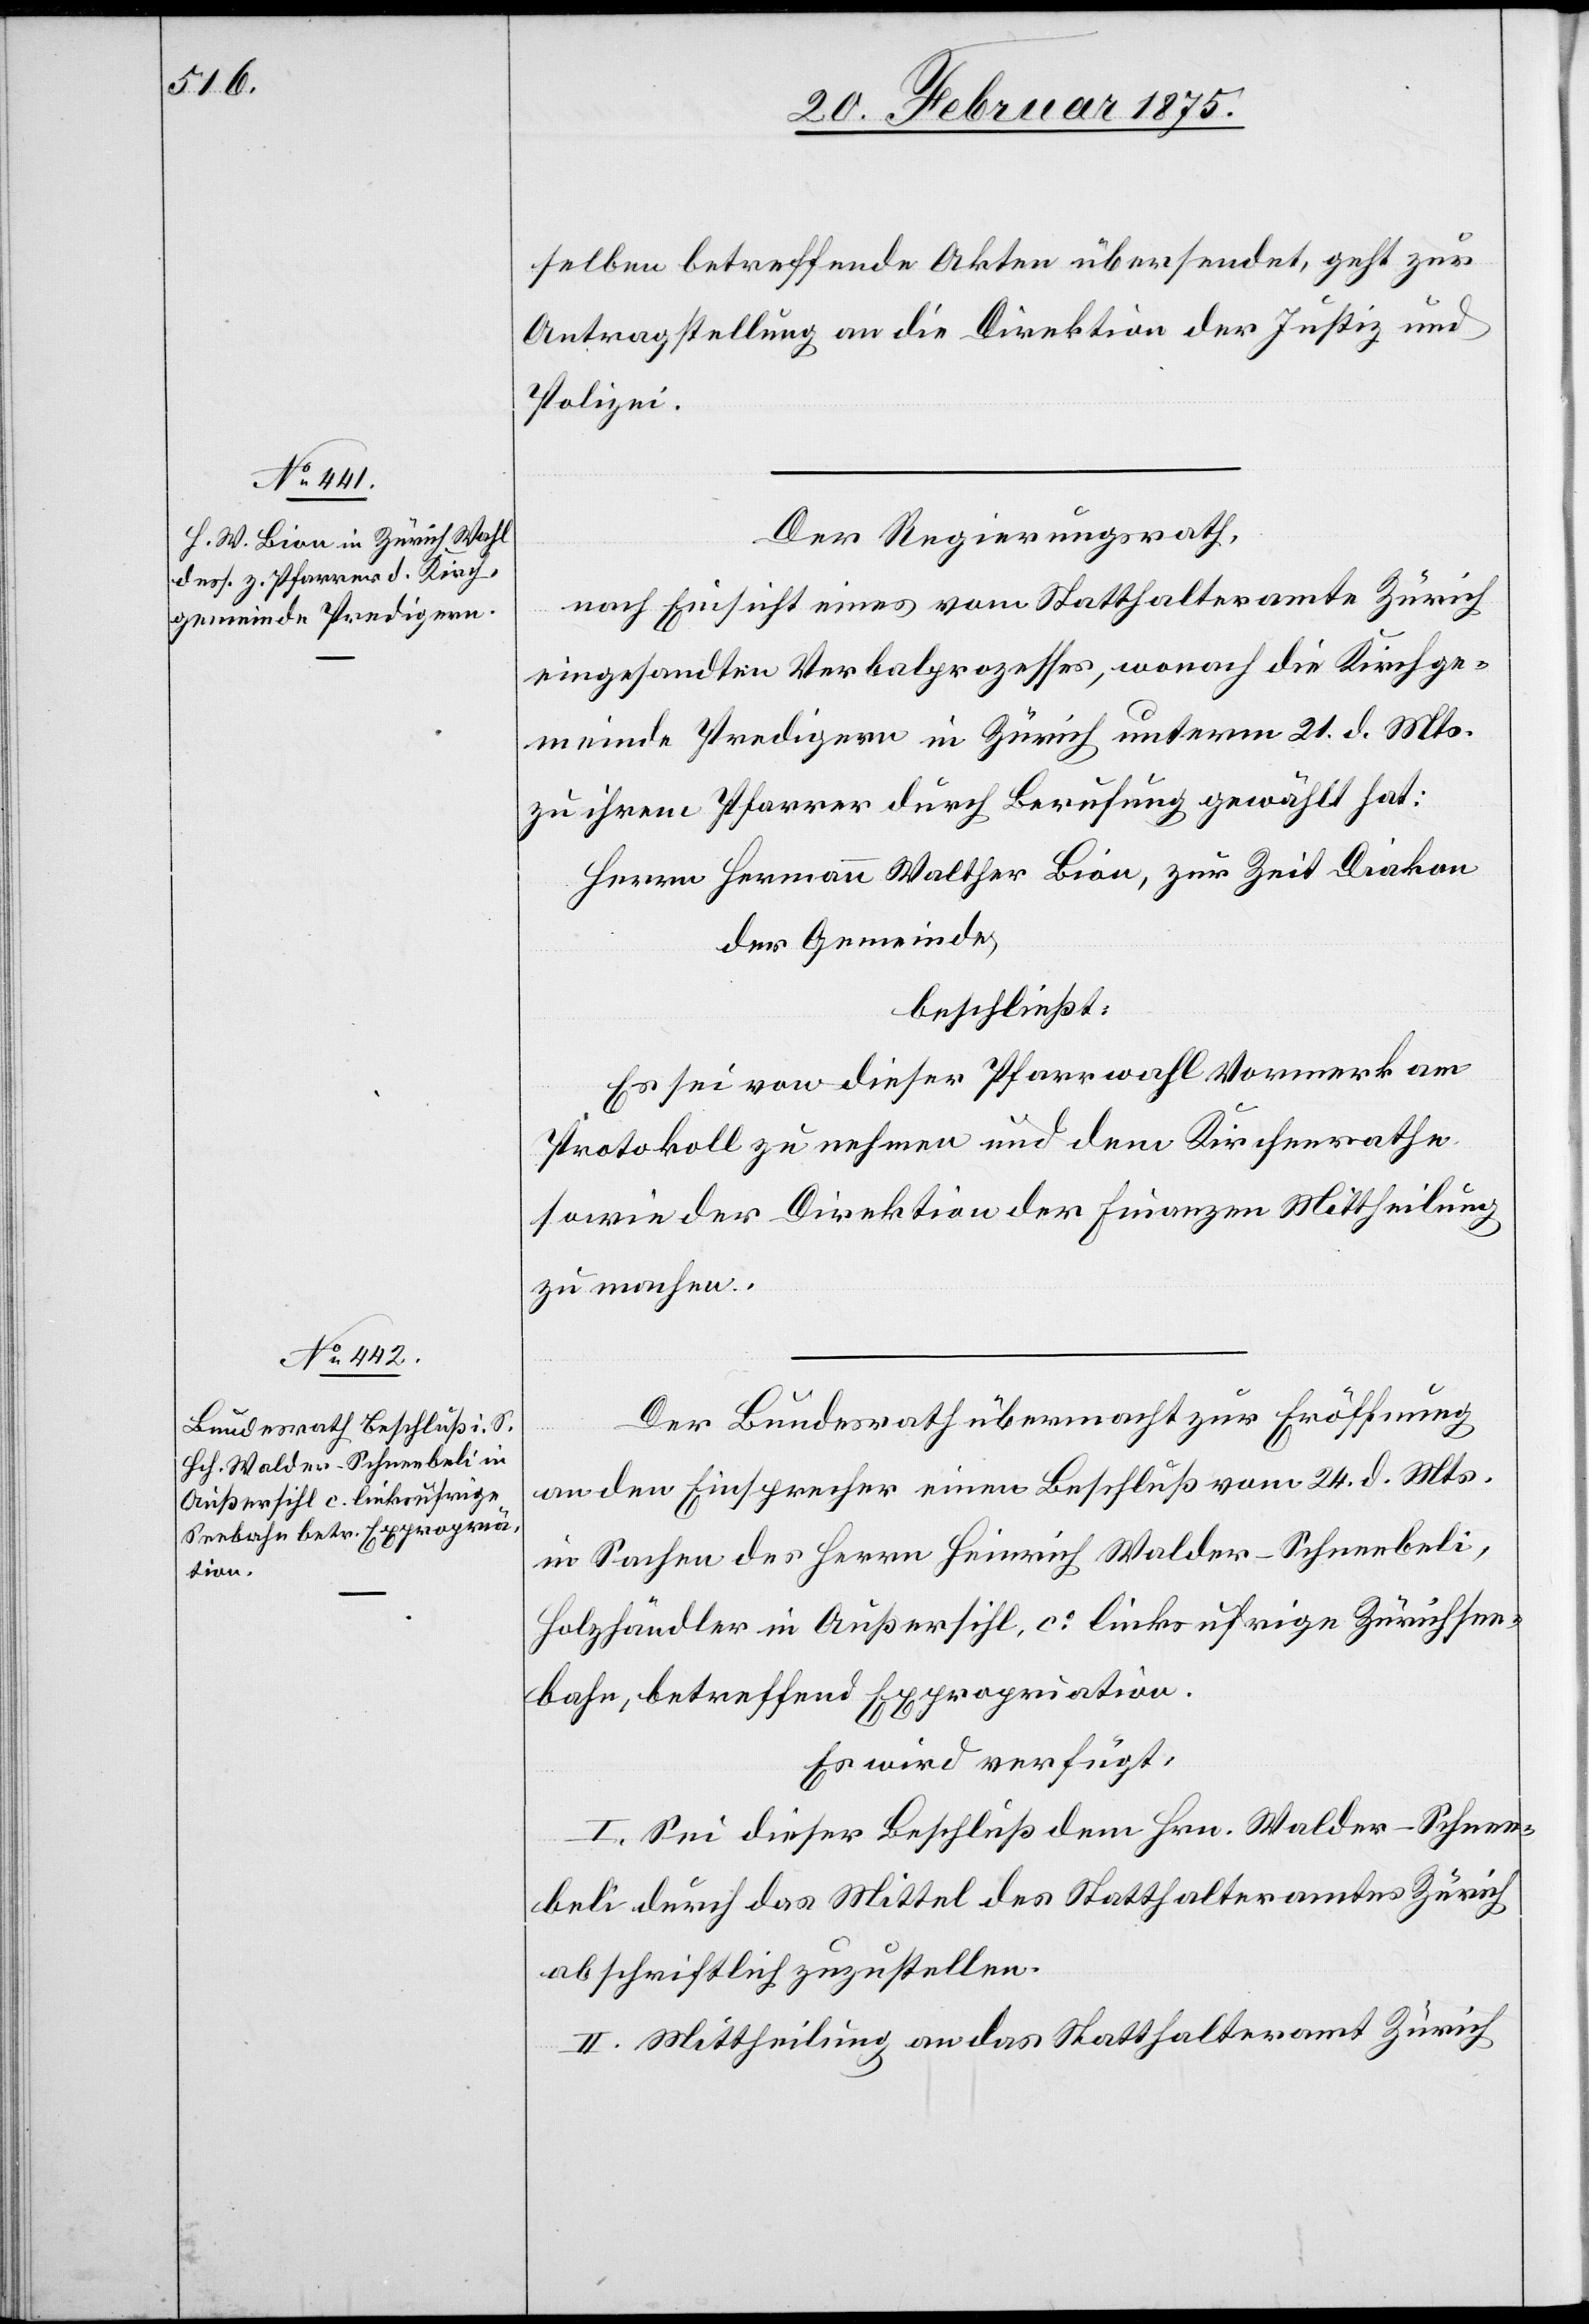
26. Februar 1875.]
selben betreffende Akten übersendet, geht zur
Antragstellung an die Direktion der Justiz und
Polizei.
Der Regierungsrath,
nach Einsicht eines vom Statthalteramte Zürich
eingesandten Verbalprozesses, wonach die Kirchge¬
meinde Predigern in Zürich unterm 21. d. Mts.
zu ihrem Pfarrer durch Berufung gewählt hat:
Herrn Hermann Walther Bion, zur Zeit Diakon
der Gemeinde,
beschließt:
Es sei von dieser Pfarrwahl Vormerk am
Protokoll zu nehmen und dem Kirchenrathe
sowie der Direktion der Finanzen Mittheilung
zu machen.
Der Bundesrath übermacht zur Eröffnung
an den Einsprecher einen Beschluß vom 24. d. Mts.
in Sachen des Herrn Heinrich Walder-Schneebeli,
Holzhändler in Außersihl, co linksufrige Zürichsee¬
bahn, betreffend Expropriation.
Es wird verfügt:
I. Sei dieser Beschluß dem Hrn. Walder-Schnee¬
beli durch das Mittel des Statthalteramtes Zürich
abschriftlich zuzustellen.
II. Mittheilung an das Statthalteramt Zürich